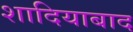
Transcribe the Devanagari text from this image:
शादियाबाद